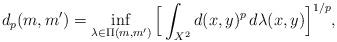
LaTeX: \begin{align*}d_p(m,m')=\inf_{\lambda \in\Pi(m,m')}\Big[\int_{X^2}d(x,y)^p\,d\lambda(x,y) \Big ]^{1/p},\end{align*}